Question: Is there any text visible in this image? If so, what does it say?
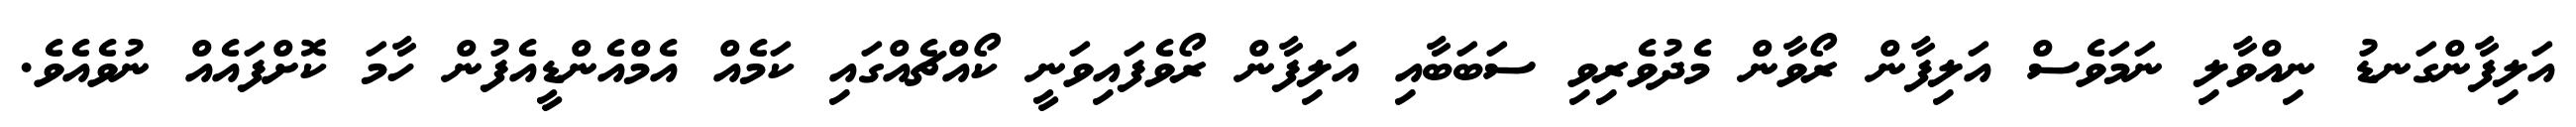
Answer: އަލިފާންގަނޑު ނިއްވާލި ނަމަވެސް އަލިފާން ރޯވާން މެދުވެރިވި ސަބަބާއި އަލިފާން ރޯވެފައިވަނީ ކޯއްޗެއްގައި ކަމެއް އެމްއެންޑީއެފުން ހާމަ ކޮށްފައެއް ނުވެއެވެ.